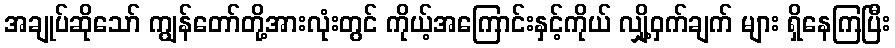
အချုပ်ဆိုသော် ကျွန်တော်တို့အားလုံးတွင် ကိုယ့်အကြောင်းနှင့်ကိုယ် လျှို့ဝှက်ချက် များ ရှိနေကြပြီး